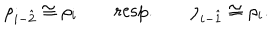
LaTeX: \rho _ { i - \hat { 2 } } \cong \rho _ { i } \qquad \mathrm { r e s p . } \qquad \rho _ { i - \hat { 1 } } \cong \rho _ { i } .